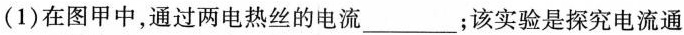
(1)在图甲中，通过两电热丝的电流___；该实验是探究电流通